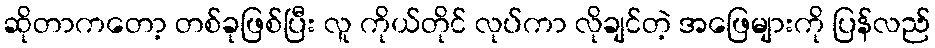
ဆိုတာကတော့ တစ်ခုဖြစ်ပြီး လူ ကိုယ်တိုင် လုပ်ကာ လိုချင်တဲ့ အဖြေများကို ပြန်လည်